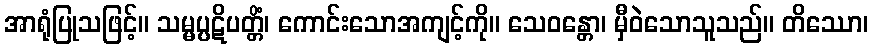
အာရုံပြုသဖြင့်။ သမ္မပ္ပဋိပတ္တိံ၊ ကောင်းသောအကျင့်ကို။ သေဝန္တော၊ မှီဝဲသောသူသည်။ တိဿော၊